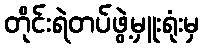
တိုင်းရဲတပ်ဖွဲ့မှူးရုံးမှ